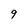
Character: 9